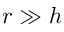
r \gg h